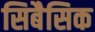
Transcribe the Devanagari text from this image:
सिबैसिक